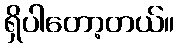
ရှိပါတော့တယ်။